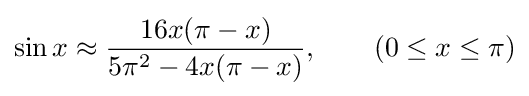
\sin x\approx {\frac {16x(\pi -x)}{5\pi ^{2}-4x(\pi -x)}},\qquad \left(0\leq x\leq \pi \right)